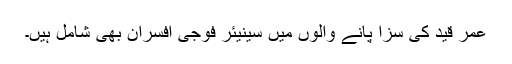
عمر قید کی سزا پانے والوں میں سینیئر فوجی افسران بھی شامل ہیں۔